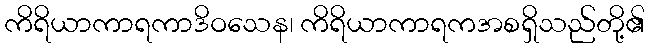
ကိရိယာကာရကာဒိဝသေန၊ ကိရိယာကာရကအစရှိသည်တို့၏